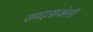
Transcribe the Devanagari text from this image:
रामदासाअंतरी